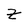
Character: Z